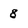
Character: 8